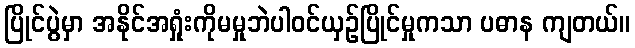
ပြိုင်ပွဲမှာ အနိုင်အရှုံးကိုမမှုဘဲပါဝင်ယှဉ်ပြိုင်မှုကသာ ပဓာန ကျတယ်။